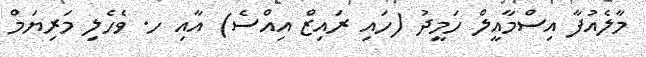
މާލެއުފާ އިސްމާއީލް ހަމީދު (ހައި ރައިޒް އިއްސެ) އާއި ހ. ވެހެލި މަރިޔަމް